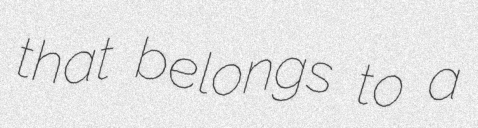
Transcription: that belongs to a